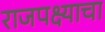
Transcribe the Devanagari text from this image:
राजपक्ष्याचा